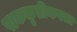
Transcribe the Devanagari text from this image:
पाककृतींकरता